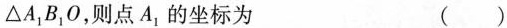
△A_{1}B_{1}0，则点A_{1}，的坐标为（）